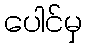
ပေါင်မှ